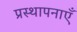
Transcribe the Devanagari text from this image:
प्रस्थापनाएँ